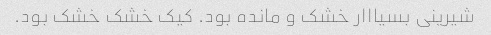
شیرینی بسیااار خشک و مانده بود. کیک خشک خشک بود.